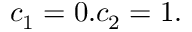
{ { c } _ { 1 } } = 0 . { { c } _ { 2 } } = 1 .